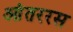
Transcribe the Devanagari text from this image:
आंतररस